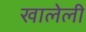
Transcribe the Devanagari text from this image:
खालेली